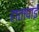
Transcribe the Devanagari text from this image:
हातापाई